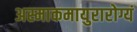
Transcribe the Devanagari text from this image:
अस्माकमायुरारोग्यं